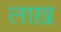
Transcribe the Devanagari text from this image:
लाख़